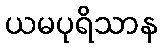
ယမပုရိသာန